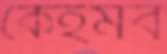
কেইমব